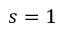
s = 1